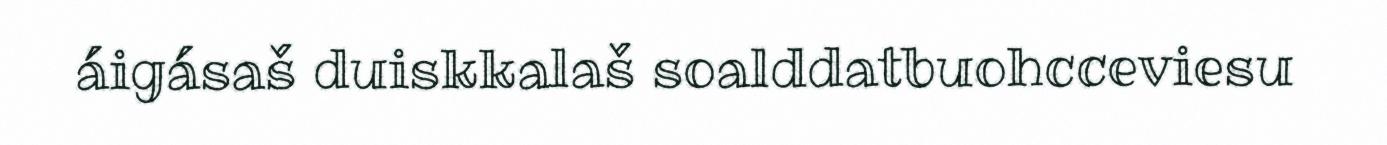
áigásaš duiskkalaš soalddatbuohcceviesu